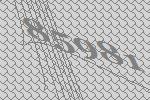
85981